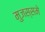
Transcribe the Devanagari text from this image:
मुजस्समे